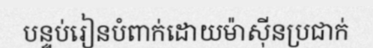
បន្ទប់រៀនបំពាក់ដោយម៉ាស៊ីនប្រជាក់